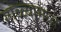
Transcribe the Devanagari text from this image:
गोळ्यामध्ये